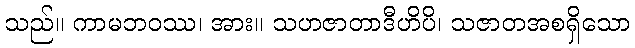
သည်။ ကာမဘဝဿ၊ အား။ သဟဇာတာဒီဟိပိ၊ သဇာတအစရှိသော